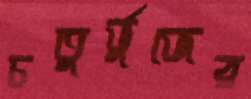
চতুর্ভুজের